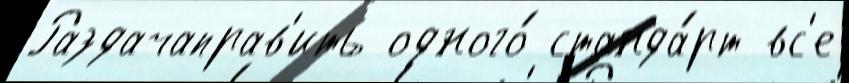
Раздачаправ'ить одного́ станда́рт вс'е